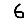
Digit: 6